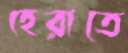
হেরাতে